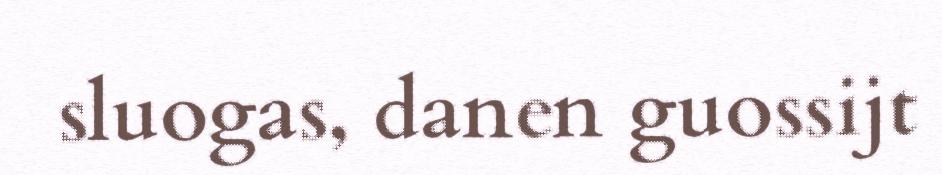
sluogas, danen guossijt